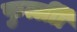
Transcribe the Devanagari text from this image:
फुर्त्लीी